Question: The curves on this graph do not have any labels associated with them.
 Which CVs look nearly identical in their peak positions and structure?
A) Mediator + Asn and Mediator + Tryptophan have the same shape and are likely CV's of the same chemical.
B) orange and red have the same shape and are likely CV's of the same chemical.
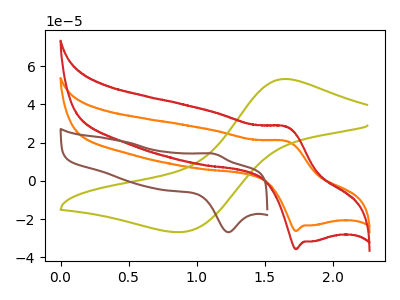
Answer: <think>The orange curve "orange" has an anodic peak at (1.65V, 20.75uA) and a cathodic peak at (1.75V, -26.20uA). The olive curve "olive" has an anodic peak at (1.65V, 53.25uA) and a cathodic peak at (0.90V, -26.75uA). The red curve "red" has an anodic peak at (1.65V, 28.30uA) and a cathodic peak at (1.75V, -35.70uA). The brown curve "brown" has an anodic peak at (1.15V, 14.00uA) and a cathodic peak at (1.25V, -26.85uA).
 "orange" and "olive" have at least one peak that do not match. All the peaks in "orange" have a peak in "red" at the same potential. Every peak in "orange" is lower than every peak in "red". "orange" and "brown" have at least one peak that do not match. "olive" and "red" have at least one peak that do not match. "olive" and "brown" have at least one peak that do not match. "red" and "brown" have at least one peak that do not match.</think>
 <answer>B) "orange" and "red" have the same shape and are likely CV's of the same chemical.</answer>
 <eval>B</eval>